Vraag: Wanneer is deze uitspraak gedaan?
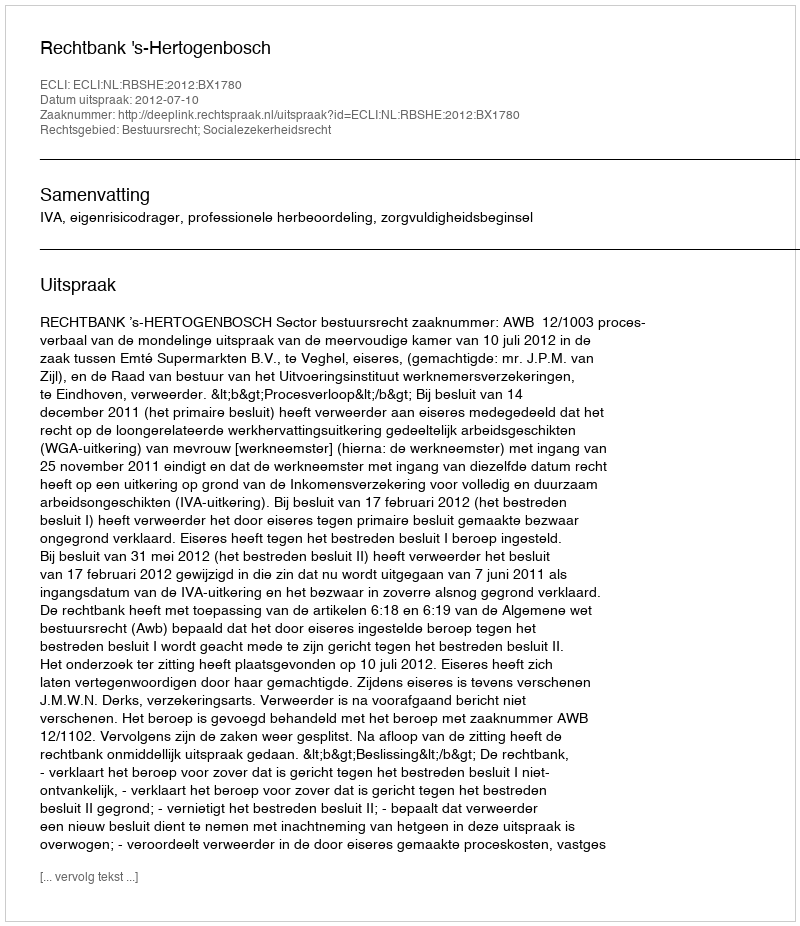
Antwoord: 2012-07-10